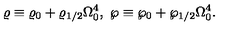
\varrho \equiv \varrho _ { 0 } + \varrho _ { 1 / 2 } \Omega _ { 0 } ^ { 4 } , \ \wp \equiv \wp _ { 0 } + \wp _ { 1 / 2 } \Omega _ { 0 } ^ { 4 } .